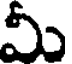
మీ